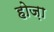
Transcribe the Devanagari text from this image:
होज़ा